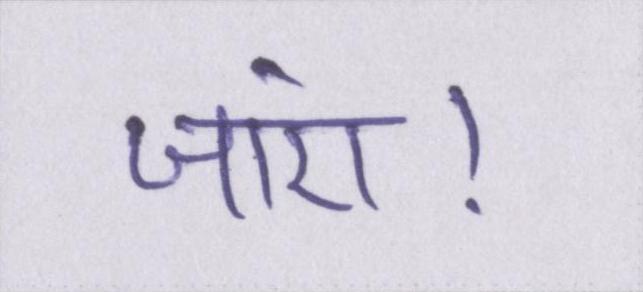
जाएं।